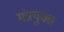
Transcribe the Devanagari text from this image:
मंत्रयुक्त